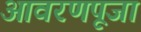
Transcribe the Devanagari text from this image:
आवरणपूजा